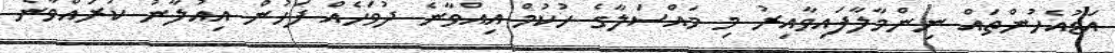
އަޑުއެހުންތައް ނިންމާލާފައިވާއިރު މި މައްސަލާގެ ހުކުމް އިއްވާނެ ދުވަހެއް ފަހުން އިއުލާނު ކުރައްވާނެ